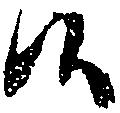
候